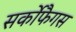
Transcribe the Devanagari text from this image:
सर्कोफैगस